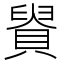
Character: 䝿